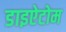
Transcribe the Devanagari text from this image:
डाइऐटोम